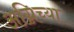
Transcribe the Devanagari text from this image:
अग्निच्या